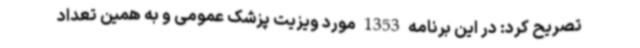
تصریح کرد: در این برنامه 1353 مورد ویزیت پزشک عمومی و به همین تعداد